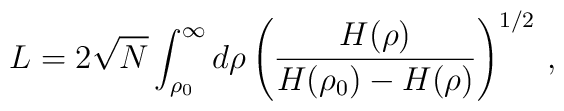
L=2\sqrt{N} \int_{\rho_0}^{\infty} d\rho \left(\frac{H(\rho)}{H(\rho_0)-H(\rho)}\right)^{1/2}\,,